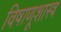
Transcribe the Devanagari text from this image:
विषाणूशास्त्र